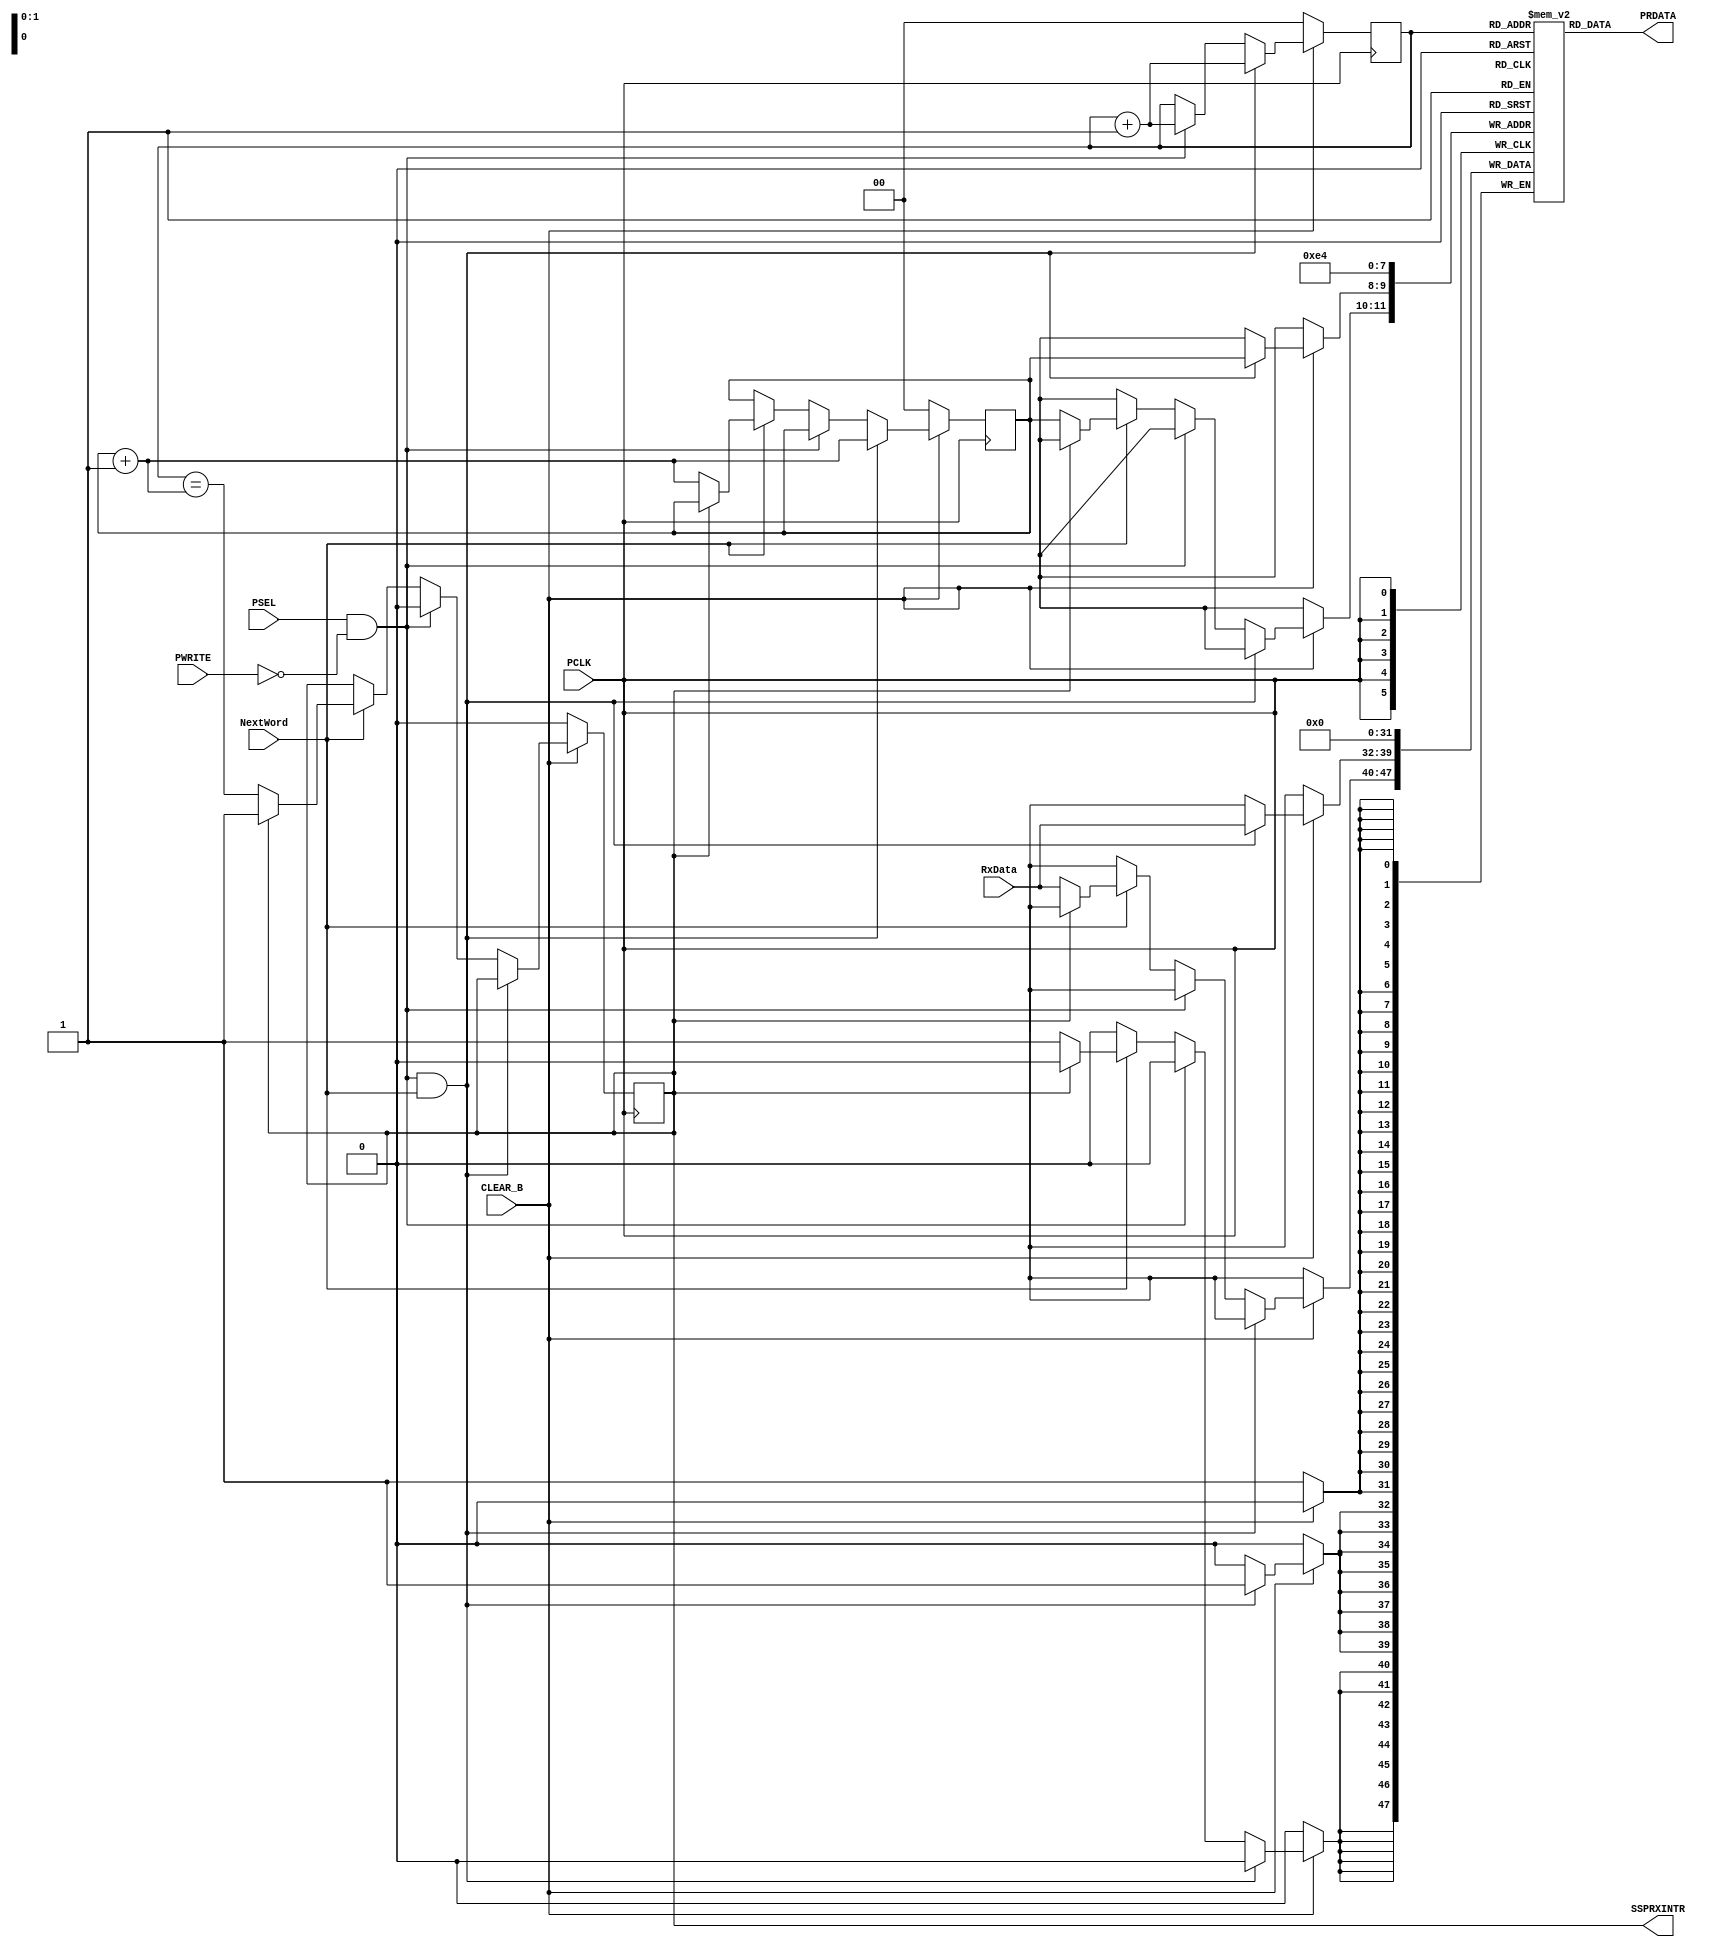
// Haowei Chen hxc713
// The FIFO for the receive side of the SSP implementation

// Processor interface uses:
// CLEAR_B, PSEL, PWRITE, PRDATA, SSPRXINTR

// SSP interface logic uses:
// RxData, NextWord

`timescale 1 ns / 10 ps

module rx_fifo
       (
         input PCLK,
         input CLEAR_B, PSEL, PWRITE,
         input [ 7: 0 ] RxData,
         input NextWord,
         output [ 7: 0 ] PRDATA,
         output SSPRXINTR
       );

// Four-element byte memory for FIFO
reg [ 7: 0 ] memory [ 3: 0 ];
// For the reset logic
integer i;

// Pointers to head and tail of FIFO
reg [ 1: 0 ] FIFO_head, FIFO_tail;

// FIFO fullness tracker
reg FIFO_full;

// Export value of fullness
assign SSPRXINTR = FIFO_full;

// Check state of the FIFO addresses
wire FIFO_almost_full = ( FIFO_head == FIFO_tail + 2'b1 );
wire FIFO_almost_empty = ( FIFO_head + 2'b1 == FIFO_tail );

// Checking if processor is reading
wire P_reading = PSEL && ~PWRITE;

// Assign output bus
assign PRDATA = memory[ FIFO_head ];

always @( posedge PCLK ) begin
  if ( ~CLEAR_B )
  begin
    // Reset logic from active-low signal
    FIFO_head <= 2'b0;
    FIFO_tail <= 2'b0;
    FIFO_full <= 1'b0;

    for ( i = 0; i < 4; i = i + 1 )
    begin
      memory[ i ] <= 8'b0;
    end
  end else
  begin
    // Normal FIFO operation

    if ( P_reading && NextWord )
    begin
      // Simultaneous read and write (ignoring under-flow case)
      FIFO_head <= FIFO_head + 2'b1;
      FIFO_tail <= FIFO_tail + 2'b1;
      FIFO_full <= FIFO_full;
      memory[ FIFO_tail ] <= RxData;
    end else if ( P_reading )
    begin
      // Just reading (ignoring under-flow case)
      FIFO_head <= FIFO_head + 2'b1;
      FIFO_tail <= FIFO_tail;
      FIFO_full <= 1'b0;
    end else if ( NextWord )
    begin
      // Just writing
      if ( FIFO_full )
      begin
        // No-op
        FIFO_head <= FIFO_head;
        FIFO_tail <= FIFO_tail;
        FIFO_full <= FIFO_full;
      end else
      begin
        // Complete write
        FIFO_head <= FIFO_head;
        FIFO_tail <= FIFO_tail + 2'b1;
        FIFO_full <= FIFO_almost_full;
        memory[ FIFO_tail ] <= RxData;
      end
    end else
    begin
      // No FIFO operation
      FIFO_head <= FIFO_head;
      FIFO_tail <= FIFO_tail;
      FIFO_full <= FIFO_full;
    end
  end
end


endmodule